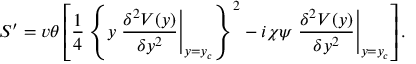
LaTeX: S ^ { \prime } = v \theta \left[ \frac { 1 } { 4 } \left\{ y \left. \frac { \delta ^ { 2 } V ( y ) } { \delta y ^ { 2 } } \right| _ { y = y _ { c } } \right\} ^ { 2 } - i \chi \psi \left. \frac { \delta ^ { 2 } V ( y ) } { \delta y ^ { 2 } } \right| _ { y = y _ { c } } \right] .